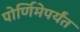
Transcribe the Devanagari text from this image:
पोर्णिमेपर्यंत